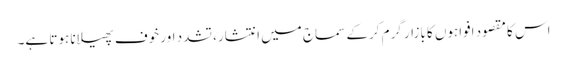
اس کا مقصود افواہوں کا بازار گرم کرکے سماج میں انتشار، تشدد اور خوف پھیلانا ہوتا ہے۔